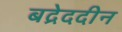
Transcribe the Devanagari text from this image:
बद्रेददीन